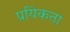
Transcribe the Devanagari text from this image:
प्रयिकता